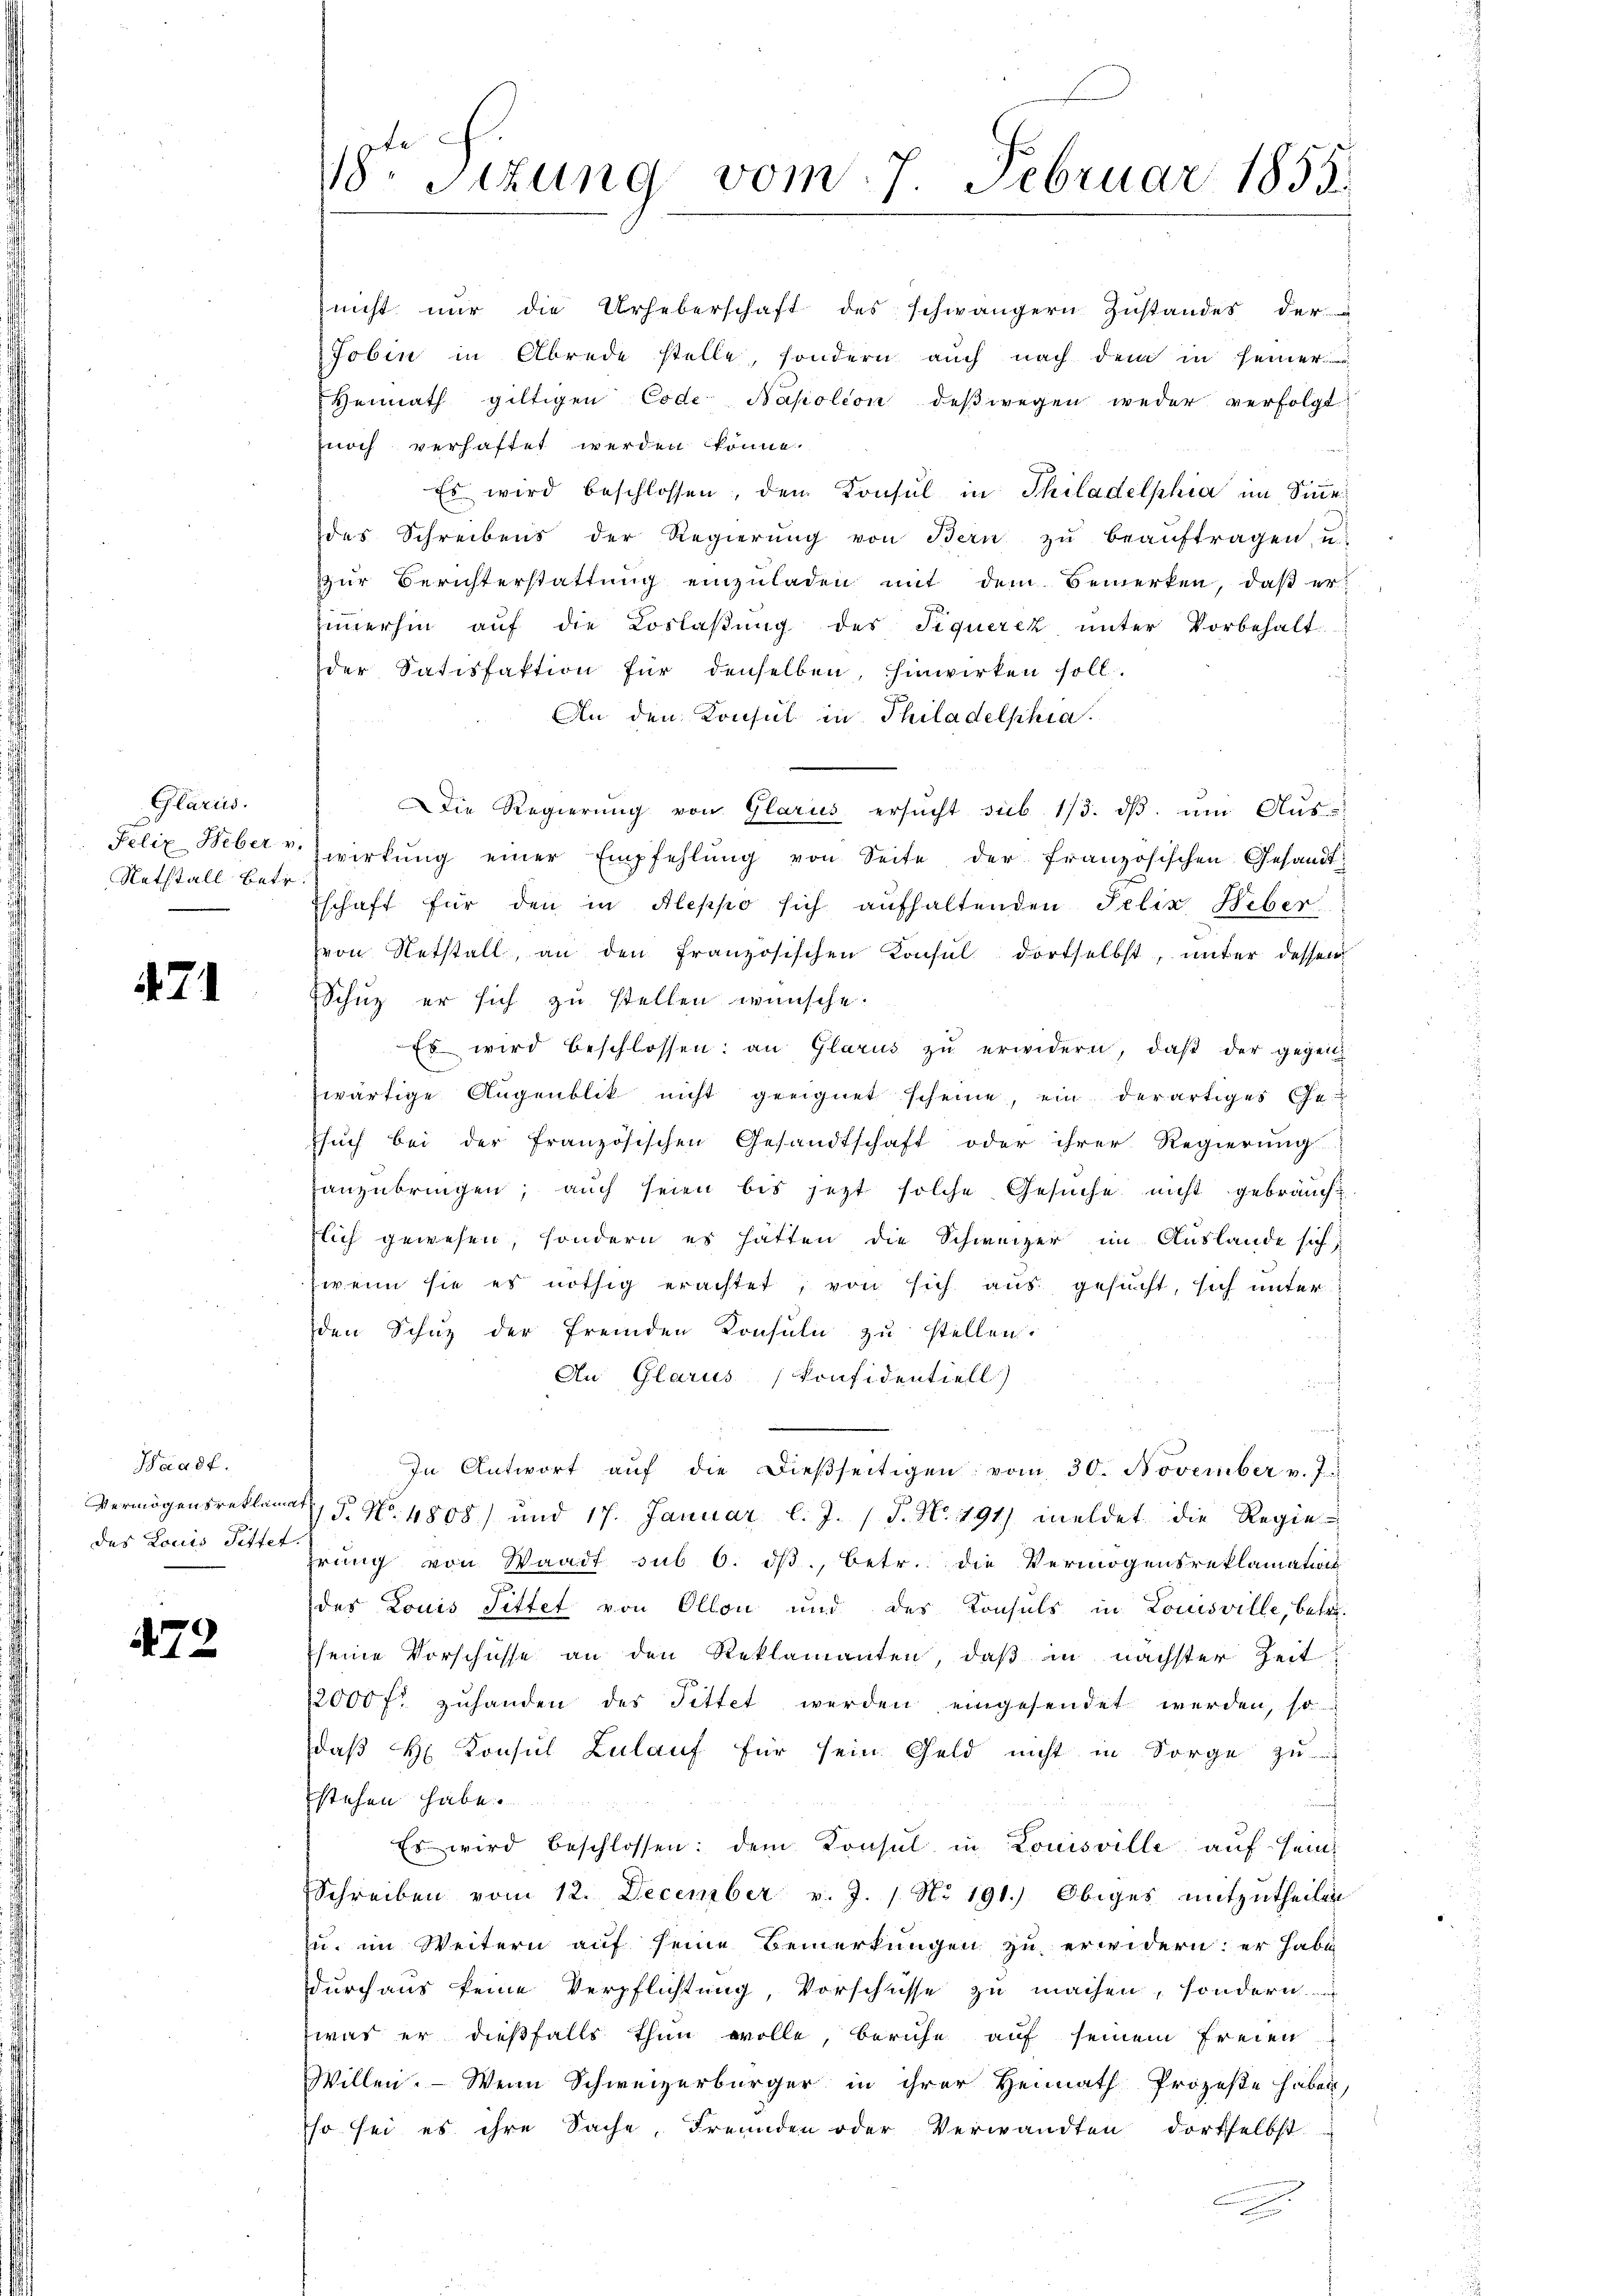
Glarus.
Nathtall betr.

21

Waadt.
Vermögensreklama
des Louis Pittet

472

18ten Sizung vom 7. Februar 1855.

nicht nur die Urheberschaft des schwängern Zustandes der
Jobin in Abrede stelle, sondern auch nach dem in seiner
Hennath giltigen Code Napolion deßwegen weder verfolgt
noch verhaftet werden könne.
Es wird beschlossen, den Konsul in Philadelphia im Sinne
des Schreibens der Regierŭng von Bern zŭ beaŭftragen, u.
zŭr Berichterstattŭng einzŭladen mit dem Bemerken, daß erzimmerhin auf die Loslaßung des Siquerez unter Vorbehalt
der Satisfaktion für denselben, hinwirken soll.
An den Konsul in Philadelphia
Die Regierŭng von Glarus ersŭcht sub 1/3. dβ. ŭm Aŭs-
Felix Weber u. wirkŭng einer Empfehlŭng von Seite der französischen Gesandtschaft für den in Aleppo sich aufhaltenden Felix Heber
von Netstall, an den französischen Konsul dortselbst, unter dessen
Schuz er sich zu stellen wünsche.
Es wird beschlossen: an Glarus zu erwidern, daß der gegenzwärtige Augenblik nicht geeignet scheine, ein derartiges Ge
Esuch bei der französischen Gesandtschaft oder ihrer Regierung
anzubringen; auch seien bis jetzt solche Gesŭche nicht gebraucht.
lich gewesen, sondern es hatten die Schweizer im Auslande sich,
wenn sie es nöthig erachtet, von sich aus gesucht, sich unter
den Schutz der fremden Konsuln zu stellen.
Au Glarus (Konfidentiell)
h
In Antwort aŭf die dieβseitigen vom 30. November v. J.
25. No. 4808) und 17. Januar l. J. (T. N. 191) meldet die Regie-
rung von Waadt sub 6. dβ, betr. die Vermögensreklamation
des Louis Pittet von Ollon und des Konsuls in Louisville, betr.
seine Vorschüsse an den Reklamanten, daß in nächster Zeit
2000 fl zŭhanden des Tittet werden eingesendet werden, so
daß H. Konsul Zulauf für sein Geld nicht in Sorge zu
stehen habe.
Es wird beschlossen: dem Konsul in Louisville auf sein
Schreiben vom 12. December v. J. 1 No 191.) Obiges mitzutheilen
zu. im Weitern auf seine Bemerkungen zu erwidern: er habe
durchaus keine Verpflichtung, Vorschüsse zu machen, sondern
zwar er dießfalls thun wolle, beruhe auf seinem freien
Willen. — Wenn Schweizerbürger in ihrer Heimath Prozeße haben,
sso sei es ihre Sache, Freunden oder Verwandten dortselbst